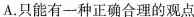
A.只能有一种正确合理的观点